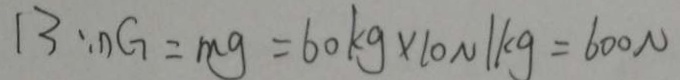
1 3 : n G = m g = 6 0 k g \times 1 0 N / k g = 6 0 0 N